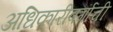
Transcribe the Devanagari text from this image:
अधिकारीवर्गाची